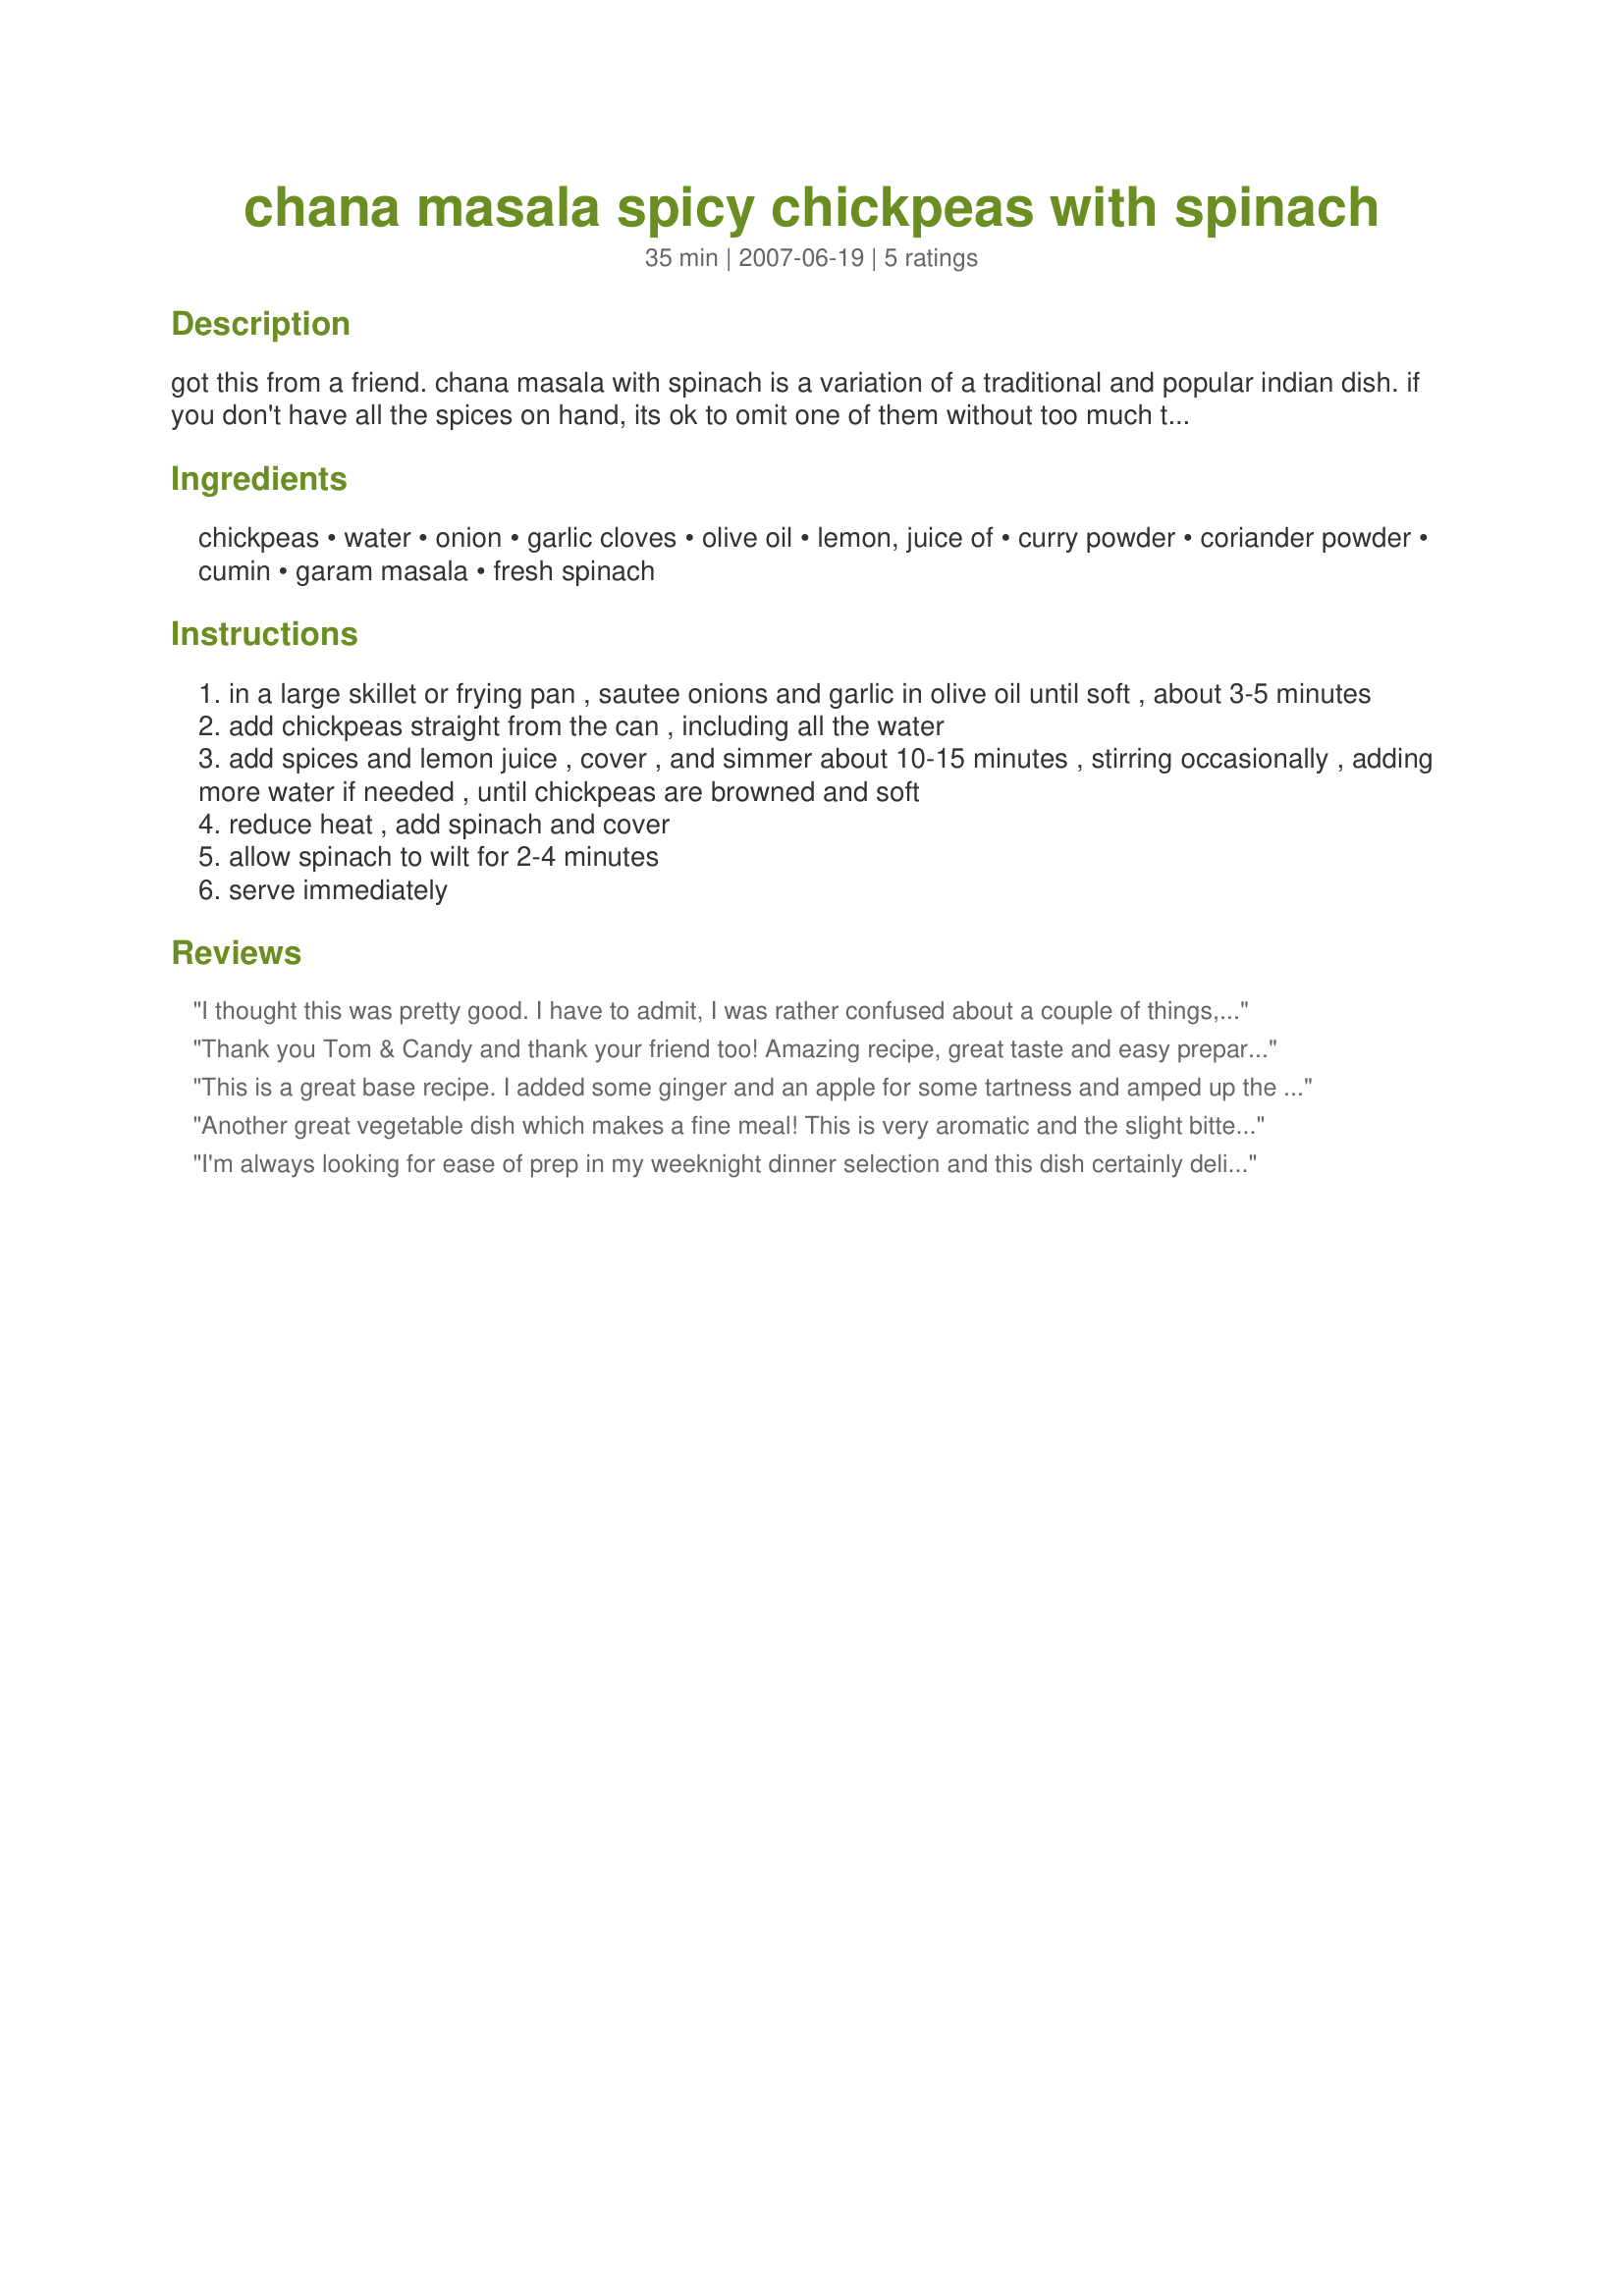
chana masala spicy chickpeas with spinach
Preparation time: 35 minutes

got this from a friend.

chana masala with spinach is a variation of a traditional and popular indian dish. if you don't have all the spices on hand, its ok to omit one of them without too much trouble, but don't omit more than two or you will have a completely different (and bland!) dish on your hands. for a heartier variation, toss in some tofu with the chickpeas and serve over rice.

Ingredients:
chickpeas, water, onion, garlic cloves, olive oil, lemon, juice of, curry powder, coriander powder, cumin, garam masala, fresh spinach

Steps:
in a large skillet or frying pan , sautee onions and garlic in olive oil until soft , about 3-5 minutes
add chickpeas straight from the can , including all the water
add spices and lemon juice , cover , and simmer about 10-15 minutes , stirring occasionally , adding more water if needed , until chickpeas are browned and soft
reduce heat , add spinach and cover
allow spinach to wilt for 2-4 minutes
serve immediately

Reviews:
I thought this was pretty good. I have to admit, I was rather confused about a couple of things, though. First, I did not understand why you would add the liquid that is int he can of chickpeas. It is nothing more than water, salt & some additive to keep the color of the peas intact (chemicals!). I ALWAYS rinse away that liquid. I did add 1/2 cup of water as directed. this brings me to my 2nd issue. The directions say to cook the peas until they are slightly browned. How can you brown canned peas if they are in all that liquid??? This simply did not make sense to me. I did add quite a bit more garam masala as I thought the dish was a bit lacking. As someone else stated, it's a good base recipe, but definitely needs tweaking.
Thank you Tom & Candy and thank your friend too! Amazing recipe, great taste and easy preparation. I added a tin of tomatoes as I had no spinach and also some turmeric. Delicious! Will make again and again. Served this dish with whole wheat tortillas and made them into wraps!
This is a great base recipe. I added some ginger and an apple for some tartness and amped up the spices significantly, adding turmeric and a little dash of cinnamon as I didn't have any garam masala. Yum! Thanks for posting.
Another great vegetable dish which makes a fine meal! This is very aromatic and the slight bitterness of the spinach, the cinnamon in the masala, the chickpeas all combine beautifully with the other spices. Super!
I'm always looking for ease of prep in my weeknight dinner selection and this dish certainly delivered. I might chop the spinach next time. I doubled each of the spices and after tasting my final product would imagine it would have been too bland for me had I not. 1 tsp of each was definitely the right amount, along with salt and fresh pepper. I served over Texamati rice and overall liked this dish. Thanks!
